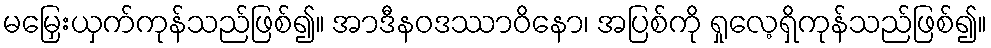
မမြှေးယှက်ကုန်သည်ဖြစ်၍။ အာဒီနဝဒဿာဝိနော၊ အပြစ်ကို ရှုလေ့ရှိကုန်သည်ဖြစ်၍။